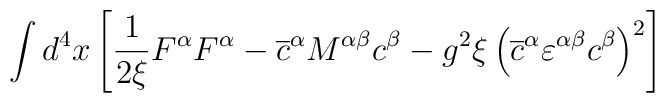
\int d^{4}x\left[ \frac{1}{2\xi }F^{\alpha }F^{\alpha }-\overline{c}^{\alpha}M^{\alpha \beta }c^{\beta }-g^{2}\xi \left( \overline{c}^{\alpha}\varepsilon ^{\alpha \beta }c^{\beta }\right) ^{2}\right]